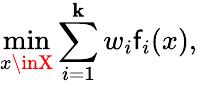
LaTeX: \operatorname*{min}_{x\inX}\sum_{i=1}^{\mathbf{k}}w_{i}\mathsf{f}_{i}(x),